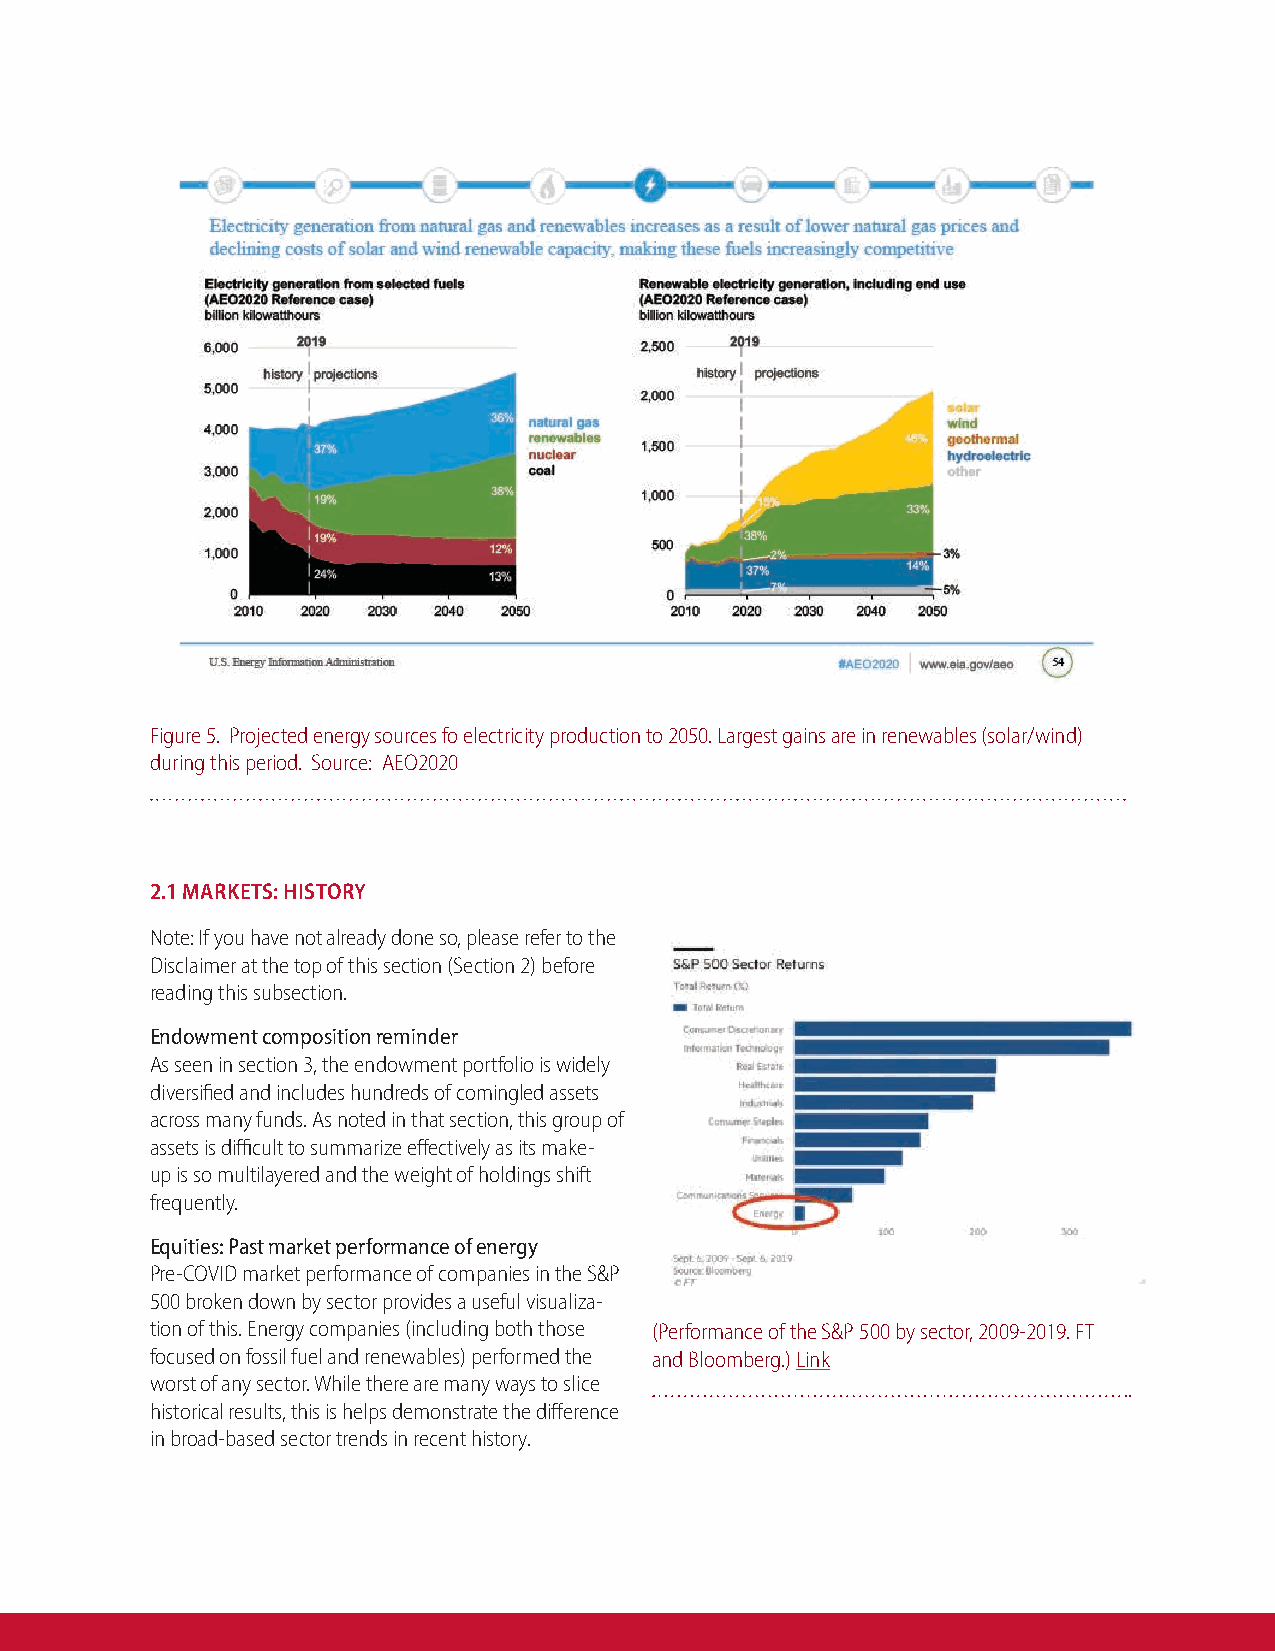
Figure 5. Projected energy sources fo electricity production to 2050. Largest gains are in renewables (solar/wind)
 during this period. Source: AEO2020
 2.1 MARKETS: HISTORY
 Note: If you have not already done so, please refer to the
 Disclaimer at the top of this section (Section 2) before
 reading this subsection.
 Endowment composition reminder
 As seen in section 3, the endowment portfolio is widely
 diversified and includes hundreds of comingled assets
 across many funds. As noted in that section, this group of
 assets is difficult to summarize effectively as its make-
 up is so multilayered and the weight of holdings shift
 frequently.
 Equities: Past market performance of energy
 Pre-COVID market performance of companies in the S&P
 500 broken down by sector provides a useful visualiza-
 tion of this. Energy companies (including both those (Performance of the S&P 500 by sector, 2009-2019. FT
 focused on fossil fuel and renewables) performed the and Bloomberg.) Link
 worst of any sector. While there are many ways to slice
 historical results, this is helps demonstrate the difference
 in broad-based sector trends in recent history.